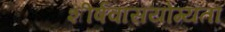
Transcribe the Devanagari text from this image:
शीर्षवासयोग्यता